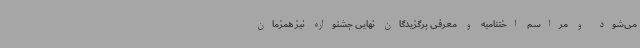
می‌شود و مراسم اختتامیه و معرفی برگزیدگان نهایی جشنواره نیز همزمان